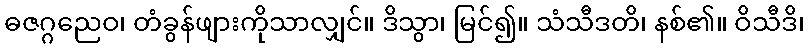
ဓဇဂ္ဂညေဝ၊ တံခွန်ဖျားကိုသာလျှင်။ ဒိသွာ၊ မြင်၍။ သံသီဒတိ၊ နစ်၏။ ဝိသီဒိ၊